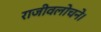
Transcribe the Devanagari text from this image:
राजीवलोचने।